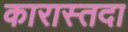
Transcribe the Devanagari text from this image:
कारास्तदा